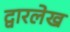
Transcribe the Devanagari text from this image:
द्वारलेख